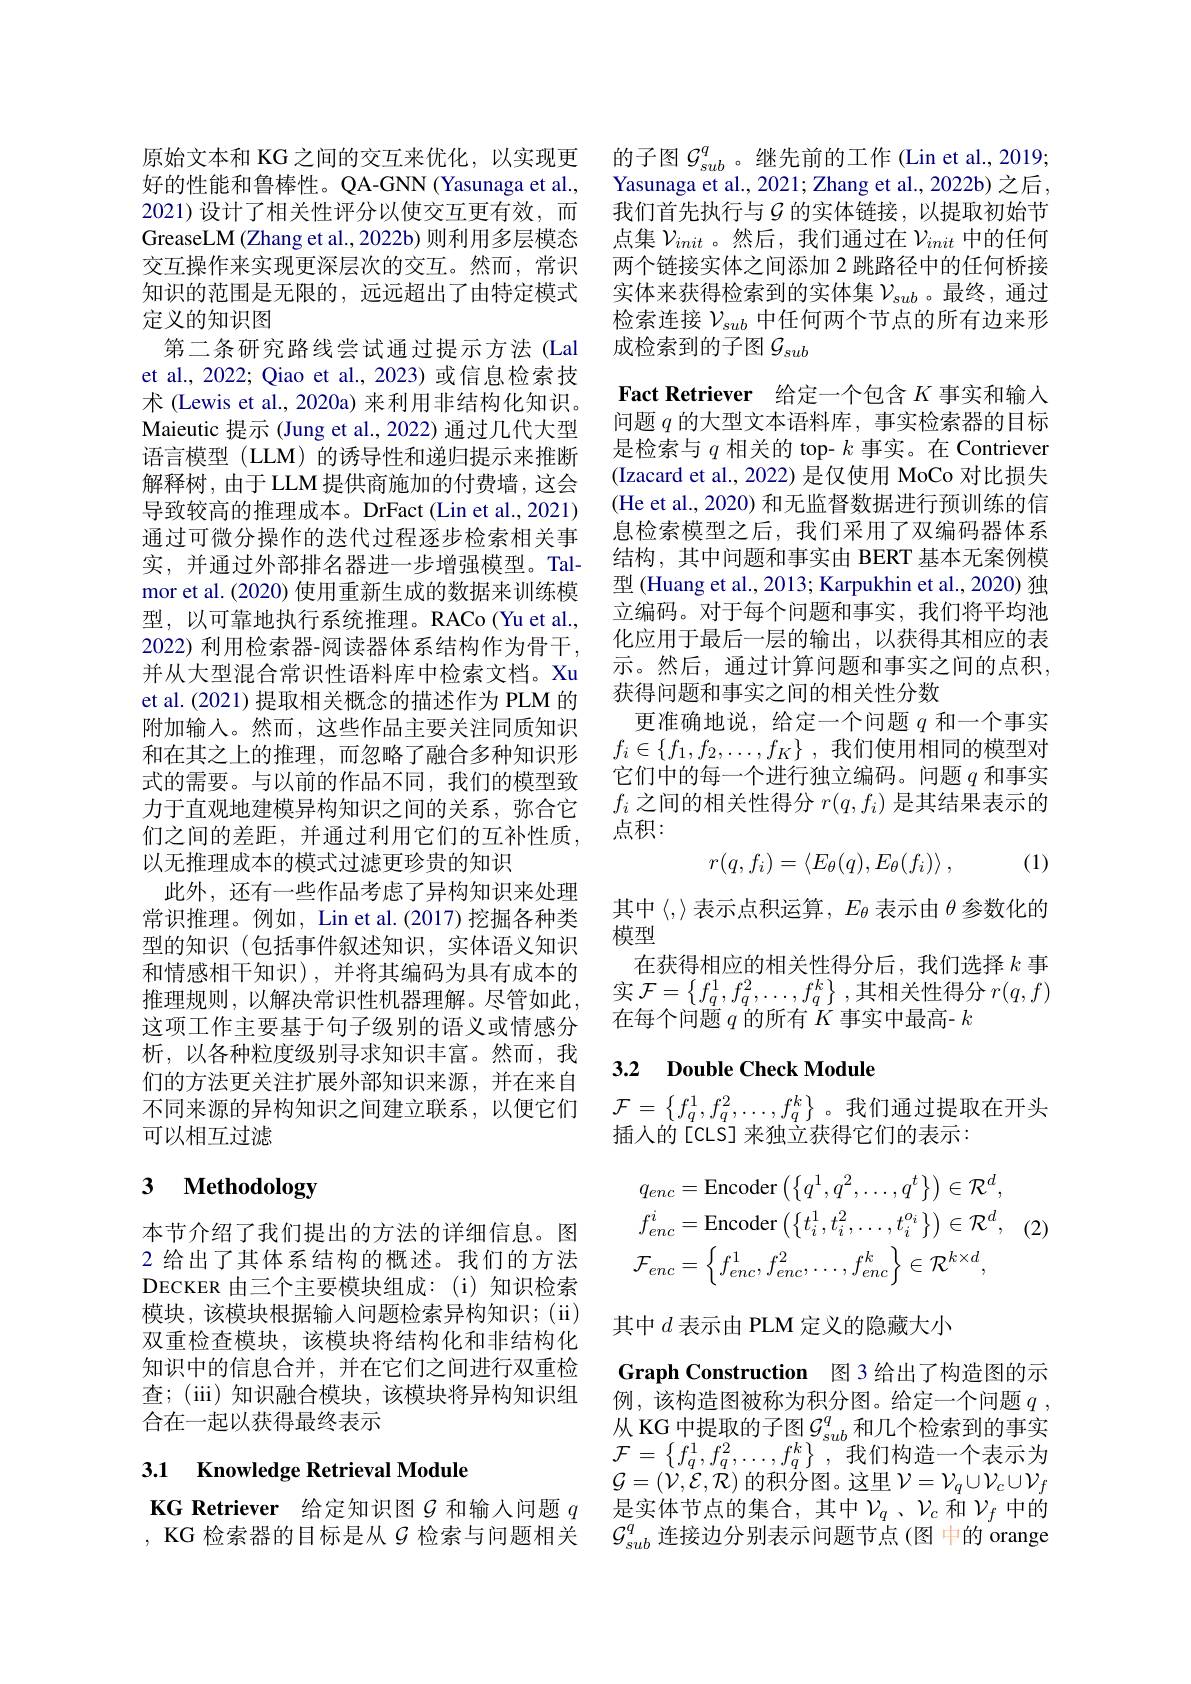
交互操作来实现更深层次的交互。然而，常识知识的范围是无限的，远远超出了由特定模式定义的知识图
第二条研究路线尝试通过提示方法 (Lal et al., 2022; Qiao et al., 2023) 或信息检索技术 (Lewis et al., 2020a) 来利用非结构化知识。Maieutic 提示 (Jung et al., 2022) 通过几代大型语言模型 (LLM) 的诱导性和递归提示来推断解释树，由于LLM提供商施加的付费墙，这会导致较高的推理成本。DrFact (Lin et al.,2021) 通过可微分操作的迭代过程逐步检索相关事实，并通过外部排名器进一步增强模型。Talmor et al. (2020) 使用重新生成的数据来训练模型，以可靠地执行系统推理。RACo(Yu et al., 2022) 利用检索器-阅读器体系结构作为骨干， 并从大型混合常识性语料库中检索文档。Xu et al. (2021) 提取相关概念的描述作为 PLM 的附加输入。然而，这些作品主要关注同质知识和在其之上的推理，而忽略了融合多种知识形式的需要。与以前的作品不同，我们的模型致力于直观地建模异构知识之间的关系，弥合它们之间的差距，并通过利用它们的互补性质， 以无推理成本的模式过滤更珍贵的知识
此外，还有一些作品考虑了异构知识来处理常识推理。例如，Lin et al.(2017) 挖掘各种类型的知识(包括事件叙述知识，实体语义知识和情感相干知识),并将其编码为具有成本的推理规则，以解决常识性机器理解。尽管如此， 这项工作主要基于句子级别的语义或情感分析，以各种粒度级别寻求知识丰富。然而，我们的方法更关注扩展外部知识来源，并在来自不同来源的异构知识之间建立联系，以便它们可以相互过滤

# 3 $\textbf{Methodology}$

本节介绍了我们提出的方法的详细信息。图2 给出了其体系结构的概述。我们的方法DECKER 由三个主要模块组成：(i)知识检索模块，该模块根据输入问题检索异构知识；(ii) 双重检查模块，该模块将结构化和非结构化知识中的信息合并，并在它们之间进行双重检查；(iii) 知识融合模块，该模块将异构知识组合在一起以获得最终表示

## 3.1 Knowledge Retrieval Module

原始文本和 KG 之间的交互来优化，以实现更 的子图$G_{sub}^q$。继先前的工作 (Lin et al., 2019; 好的性能和鲁棒性。QA-GNN(Yasunaga et al., Yasunaga et al., 2021; Zhang et al., 2022b) 之后， 2021) 设计了相关性评分以使交互更有效，而 我们首先执行与$\mathcal{G}$ 的实体链接，以提取初始节GreaseLM(Zhang et al., 2022b) 则利用多层模态 点集$\nu_{init}$ 。然后，我们通过在$\nu_{init}$中的任何
两个链接实体之间添加 2 跳路径中的任何桥接实体来获得检索到的实体集$\mathcal{V}_{sub}$ 。最终，通过检索连接$\mathcal{V}_{sub}$中任何两个节点的所有边来形成检索到的子图$\mathcal{G}_sub$

Fact Retriever 给定一个包含$K$事实和输入问题$q$的大型文本语料库，事实检索器的目标是检索与$q$相关的 top- $k$事实。在 Contriever (Izacard et al., 2022) 是仅使用 MoCo 对比损失(He et al., 2020) 和无监督数据进行预训练的信息检索模型之后，我们采用了双编码器体系结构，其中问题和事实由 BERT 基本无案例模型 (Huang et al., 2013; Karpukhin et al., 2020) 独立编码。对于每个问题和事实，我们将平均池化应用于最后一层的输出，以获得其相应的表示。然后，通过计算问题和事实之间的点积， 获得问题和事实之间的相关性分数
更准确地说，给定一个问题$q$和一个事实$f_i\in \{ f_1, f_2, \ldots , f_K\}$ ,我们使用相同的模型对它们中的每一个进行独立编码。问题$q$和事实$f_i$之间的相关性得分$r(q,f_i)$是其结果表示的点积：
$$r(q,f_i)=\langle E_\theta(q),E_\theta(f_i)\rangle\:,$$
(1)

其中〈,〉表示点积运算，$E_\theta$表示由$\theta$参数化的
模型
在获得相应的相关性得分后，我们选择$k$事实 $\mathcal{F}=\left\{f_q^1,f_q^2,\ldots,f_q^k\right\}$,其相关性得分$r(q,f)$ 在每个问题$q$的所有$K$事实中最高- $k$

## 3.2 $\textbf{Double Check Module}$

$\mathcal{F}=\left\{f_q^1,f_q^2,\ldots,f_q^k\right\}$。我们通过提取在开头
插人的[CLS] 来独立获得它们的表示：

(2)
$$q_{enc}=\mathrm{Encoder}\left(\left\{q^{1},q^{2},\ldots,q^{t}\right\}\right)\in\mathcal{R}^{d},\\f_{enc}^{i}=\mathrm{Encoder}\left(\left\{t_{i}^{1},t_{i}^{2},\ldots,t_{i}^{o_{i}}\right\}\right)\in\mathcal{R}^{d},\\\mathcal{F}_{enc}=\left\{f_{enc}^{1},f_{enc}^{2},\ldots,f_{enc}^{k}\right\}\in\mathcal{R}^{k\times d},$$
其中$d$表示由 PLM 定义的隐藏大小

Graph Construction 图 3 给出了构造图的示例，该构造图被称为积分图。给定一个问题$q$ , 从 KG 中提取的子图$\mathcal{G}_{sub}^q$ 和几个检索到的事实$\mathcal{F}=\left\{f_q^1,f_q^2,\ldots,f_q^k\right\}$,我们构造一个表示为$\mathcal{G}=(\dot{\mathcal{V}},\dot{\mathcal{E}},\dot{\mathcal{R}})$的积分图。这里$\mathcal{V}=\mathcal{V}_q\cup\mathcal{V}_c\cup\mathcal{V}_f$
KG Retriever 给定知识图$\mathcal{G}$和输入问题$q$是实体节点的集合，其中$\mathcal{V}_q$、$\mathcal{V}_c$和$\mathcal{V}_f$中的, KG 检索器的目标是从$\mathcal{G}$检索与问题相关$\mathcal{G}_sub^q$连接边分别表示问题节点(图 中的 orange